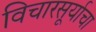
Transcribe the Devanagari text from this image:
विचारसूर्याचा